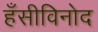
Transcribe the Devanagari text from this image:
हँसीविनोद